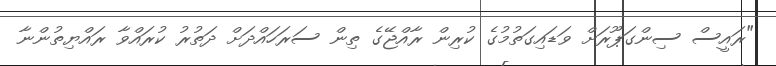
"ރައީސް ސިންގަޕޫރަށް ވަޑައިގަތުމުގެ ކުރިން ރާއްޖޭގެ ތިން ސަރަހައްދަށް ދަތުރު ކުރައްވާ ރައްޔިތުންނާ